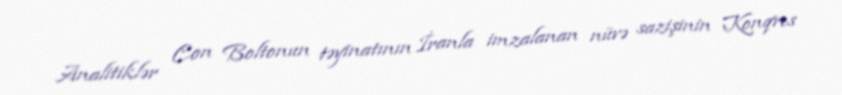
Analitiklər Con Boltonun təyinatının İranla imzalanan nüvə sazişinin Konqres